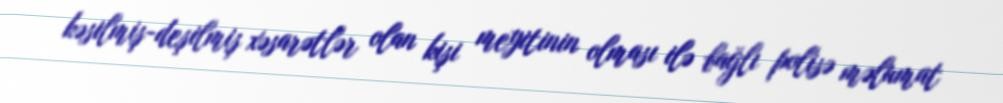
kəsilmiş-deşilmiş xəsarətlər olan kişi meyitinin olması ilə bağlı polisə məlumat